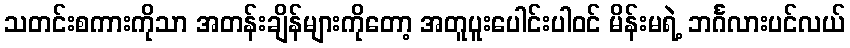
သတင်းစကားကိုသာ အတန်းချိန်များကိုတော့ အတူပူးပေါင်းပါဝင် မိန်းမရဲ့ ဘင်္ဂလားပင်လယ်